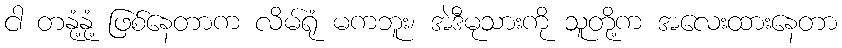
ငါ တနုံ့နုံ့ ဖြစ်နေတာက လိမ်ရုံ မကဘူး၊ အဲဒီမုသားကို သူတို့က အလေးထားနေတာ